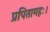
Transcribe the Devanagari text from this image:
प्रपितामहः।